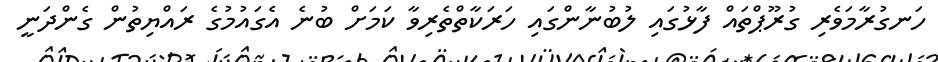
ހަނގުރާމަވެރި ގުރޫޕްތައް ފާޅުގައި ލުބުނާންގައި ހަރަކާތްތެރިވާ ކަމަށް ބުނެ އެގައުމުގެ ރައްޔިތުން ގެންދަނީ